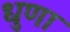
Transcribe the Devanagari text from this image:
धुणा